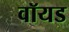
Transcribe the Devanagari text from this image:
वॉयड